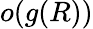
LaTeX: o(g(R))